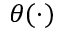
\theta ( \cdot )